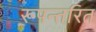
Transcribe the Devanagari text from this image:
रूपन्तरित